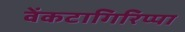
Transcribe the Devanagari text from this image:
वेंकटागिरिप्पा